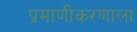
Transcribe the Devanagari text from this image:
प्रमाणीकरणाला